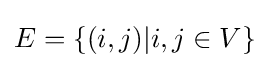
E=\{(i,j)|i,j\in V\}